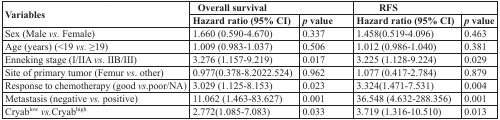
<table><thead><tr><td rowspan="2"><b>Variables</b></td><td colspan="2"><b>Overall survival</b></td><td colspan="2"><b>RFS</b></td></tr><tr><td><b>Hazard ratio (95% CI)</b></td><td><b><i>p</i>value</b></td><td><b>Hazard ratio (95% CI)</b></td><td><b><i>p</i>value</b></td></tr></thead><tbody><tr><td>Sex (Male <i>vs.</i> Female)</td><td>1.660 (0.590-4.670)</td><td>0.337</td><td>1.458(0.519-4.096)</td><td>0.463</td></tr><tr><td>Age (years) (&lt;19 <i>vs.</i> ≥19)</td><td>1.009 (0.983-1.037)</td><td>0.506</td><td>1.012 (0.986-1.040)</td><td>0.381</td></tr><tr><td>Enneking stage (I/IIA <i>vs</i>. IIB/III)</td><td>3.276 (1.157-9.219)</td><td>0.017</td><td>3.225 (1.128-9.224)</td><td>0.029</td></tr><tr><td>Site of primary tumor (Femur <i>vs</i>. other)</td><td>0.977(0.378-8.2022.524)</td><td>0.962</td><td>1.077 (0.417-2.784)</td><td>0.879</td></tr><tr><td>Response to chemotherapy (good <i>vs</i>. poor/NA)</td><td>3.029 (1.125-8.153)</td><td>0.023</td><td>3.324(1.471-7.531)</td><td>0.004</td></tr><tr><td>Metastasis (negative <i>vs.</i> positive)</td><td>11.062 (1.463-83.627)</td><td>0.001</td><td>36.548 (4.632-288.356)</td><td>0.001</td></tr><tr><td>Cryab<sup>low</sup><i>vs.</i>Cryab<sup>high</sup></td><td>2.772(1.085-7.083)</td><td>0.033</td><td>3.719 (1.316-10.510)</td><td>0.013</td></tr></tbody></table>